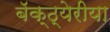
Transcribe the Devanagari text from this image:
बॅक्ठ्येरीया